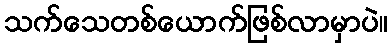
သက်သေတစ်ယောက်ဖြစ်လာမှာပဲ။